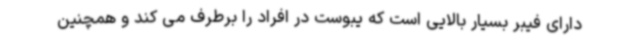
دارای فیبر بسیار بالایی است که یبوست در افراد را برطرف می کند و همچنین